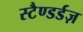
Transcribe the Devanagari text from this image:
स्टैण्डर्डज़